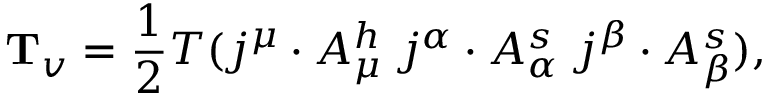
{ \bf T } _ { v } = \frac { 1 } { 2 } T ( j ^ { \mu } \cdot A _ { \mu } ^ { h } \; j ^ { \alpha } \cdot A _ { \alpha } ^ { s } \; j ^ { \beta } \cdot A _ { \beta } ^ { s } ) ,